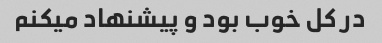
در کل خوب بود و پیشنهاد میکنم